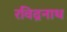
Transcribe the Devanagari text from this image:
रविद्रनाथ